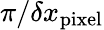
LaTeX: {\pi}/{\delta x_{\mathrm{pixel}}}